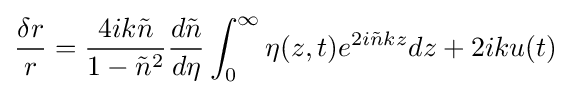
{\frac {\delta r}{r}}={\frac {4ik{\tilde {n}}}{1-{\tilde {n}}^{2}}}{\frac {d{\tilde {n}}}{d\eta }}\int _{0}^{\infty }\eta (z,t)e^{2i{\tilde {n}}kz}dz+2iku(t)